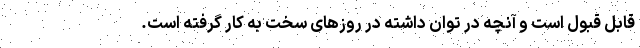
قابل قبول است و آنچه در توان داشته در روزهای سخت به کار گرفته است.